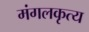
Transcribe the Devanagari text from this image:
मंगलकृत्य